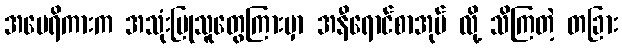
အမေရိကားက အသုံးပြုသူတွေကြားမှာ အနီရောင်စာအုပ် လို့ သိကြတဲ့ တခြား